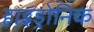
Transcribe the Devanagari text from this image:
हाइड्रोनिक